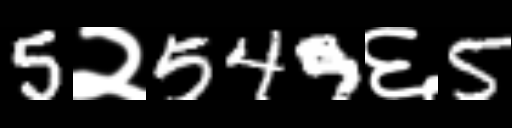
Text: 5२549६5